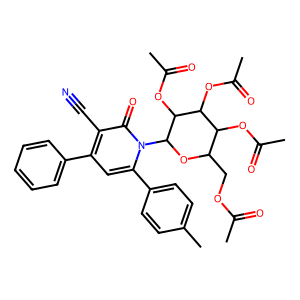
SMILES: CC(=O)OCC1OC(n2c(-c3ccc(C)cc3)cc(-c3ccccc3)c(C#N)c2=O)C(OC(C)=O)C(OC(C)=O)C1OC(C)=O
Inhibits HIV replication: No